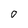
Character: 0